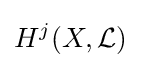
H^{j}(X,{\mathcal {L}})